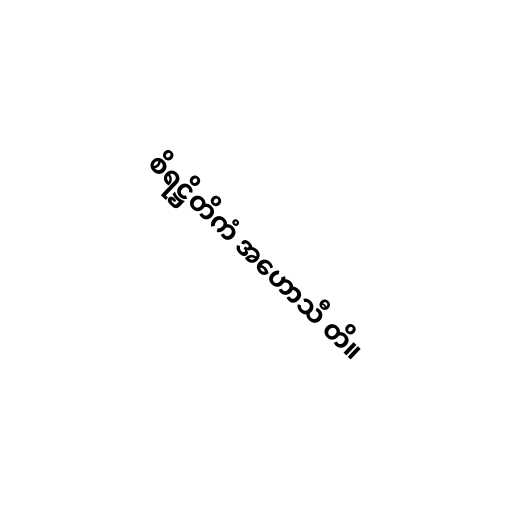
စိရဋ္ဌိတိကံ အဟောသီ တိ။